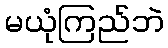
မယုံကြည်ဘဲ